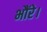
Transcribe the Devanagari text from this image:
भौंरे।